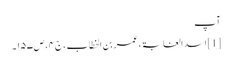
آپ
[1] اسد الغابۃ ، عمر بن الخطاب ، ج۴ ، ص۱۵۷۔